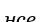
нсе